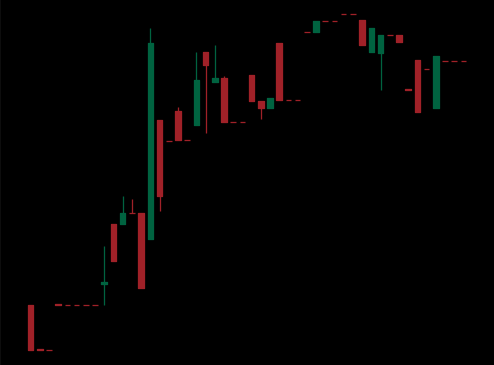
Pattern: bear_flag